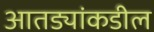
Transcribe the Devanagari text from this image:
आतड्यांकडील